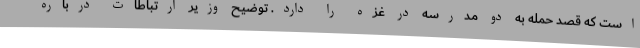
است که قصد حمله به دو مدرسه در غزه را دارد. توضیح وزیر ارتباطات درباره